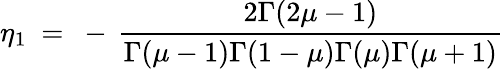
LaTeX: \eta_{1}~=~-\, \frac{2\Gamma(2\mu-1)}{\Gamma(\mu-1)\Gamma(1-\mu)\Gamma(\mu)\Gamma(\mu+1)}